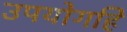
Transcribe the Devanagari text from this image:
उपयोगहि